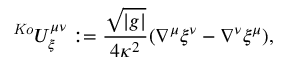
\ ^ { \mathrm { \tiny ~ \it ~ K o } } U _ { \xi } ^ { \mu \nu } : = \frac { \sqrt { \left| g \right| } } { 4 \kappa ^ { 2 } } ( \nabla ^ { \mu } \xi ^ { \nu } - \nabla ^ { \nu } \xi ^ { \mu } ) ,